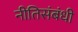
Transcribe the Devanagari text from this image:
नीतिसंबंधी